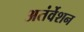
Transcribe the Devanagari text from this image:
अतंर्वेशन